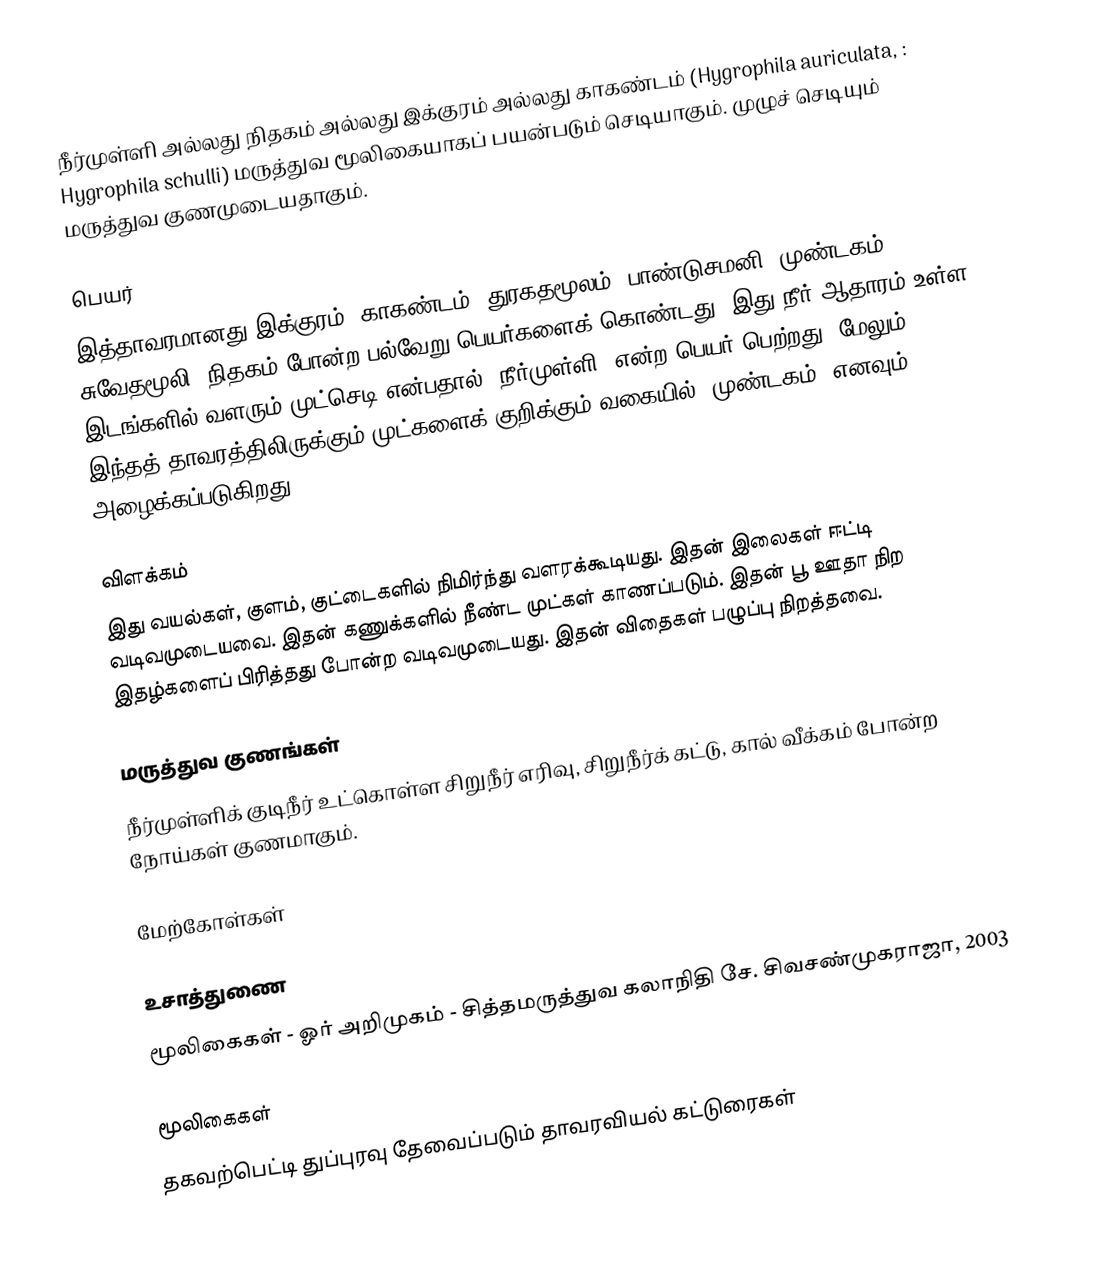
நீர்முள்ளி அல்லது நிதகம் அல்லது இக்குரம் அல்லது காகண்டம் (Hygrophila auriculata,  : Hygrophila schulli) மருத்துவ மூலிகையாகப் பயன்படும் செடியாகும். முழுச் செடியும் மருத்துவ குணமுடையதாகும்.

பெயர்
இத்தாவரமானது இக்குரம், காகண்டம், துரகதமூலம், பாண்டுசமனி, முண்டகம், சுவேதமூலி, நிதகம் போன்ற பல்வேறு பெயர்களைக் கொண்டது. இது நீர் ஆதாரம் உள்ள இடங்களில் வளரும் முட்செடி என்பதால் ‘நீர்முள்ளி’ என்ற பெயர் பெற்றது. மேலும் இந்தத்  தாவரத்திலிருக்கும் முட்களைக் குறிக்கும் வகையில் ‘முண்டகம்’ எனவும் அழைக்கப்படுகிறது.

விளக்கம்
இது வயல்கள், குளம், குட்டைகளில் நிமிர்ந்து வளரக்கூடியது. இதன் இலைகள் ஈட்டி வடிவமுடையவை. இதன் கணுக்களில் நீண்ட முட்கள் காணப்படும். இதன் பூ ஊதா நிற இதழ்களைப் பிரித்தது போன்ற வடிவமுடையது. இதன் விதைகள் பழுப்பு நிறத்தவை.

மருத்துவ குணங்கள்
நீர்முள்ளிக் குடிநீர் உட்கொள்ள சிறுநீர் எரிவு, சிறுநீர்க் கட்டு, கால் வீக்கம் போன்ற நோய்கள் குணமாகும்.

மேற்கோள்கள்

உசாத்துணை
 மூலிகைகள் - ஓர் அறிமுகம் - சித்தமருத்துவ கலாநிதி சே. சிவசண்முகராஜா, 2003

மூலிகைகள்
தகவற்பெட்டி துப்புரவு தேவைப்படும் தாவரவியல் கட்டுரைகள்